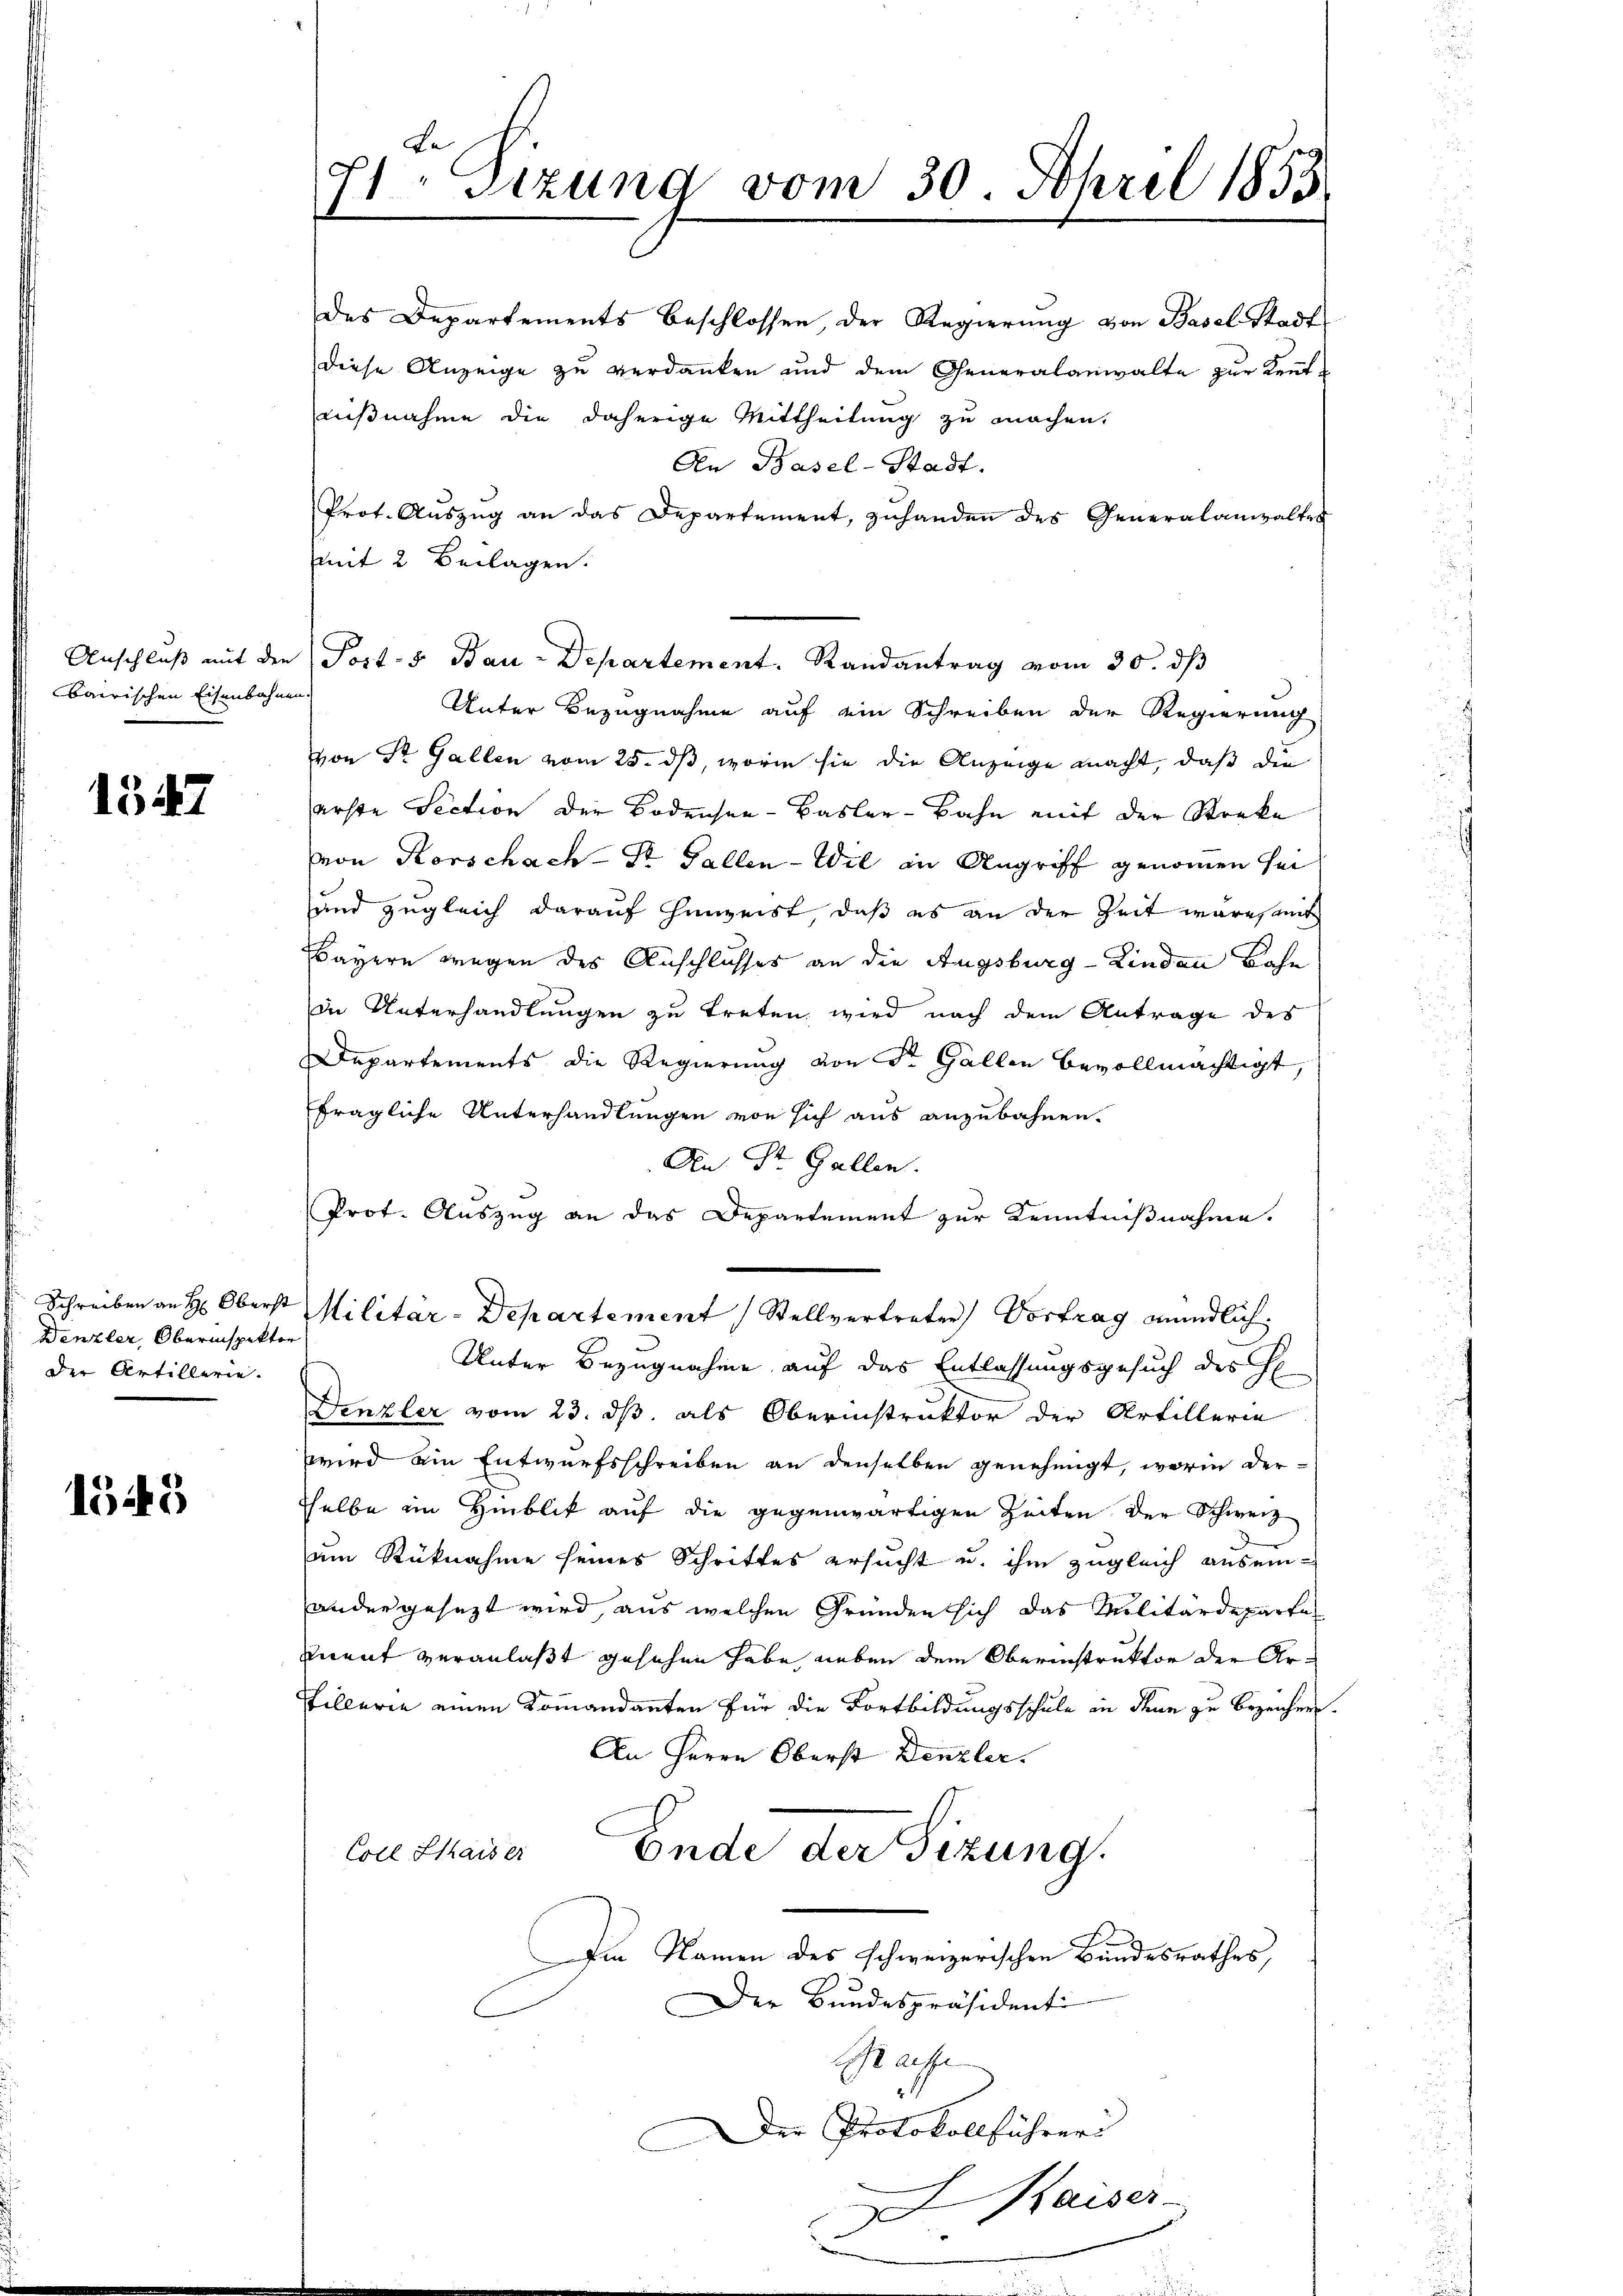
Anschluß mit den
bairischen Eisenbahne

1547

Wenzler, Oberinspektor
Der Artillerie.

1545

d
71 Sizung vom 30. April 1855
¬

des Departements beschlossen, der Regierung von Basel-Stadt
diese Anzeige zu verdanken und dem Generalanwalte zur Kenntnißnahme die daherige Mittheilung zu machen.

d

An Basel-Stadt.
Prot. Aŭszŭg an das Departement, zŭhanden des Generalanwaltes
mit 2 Beilagen.
Post- & Bau-Departement. Randantrag vom 30. ds
Unter Bezugnahme auf ein Schreiben der Regierung
von St. Gallen vom 25. ds, worin sie die Anzeige macht, daß die
erste Section der Bodensee-Basler-Bahn mit der Sterke
von Korschach - St. Gallen-Wil in Angriff genommen sei
und zugleich darauf hinweist, daß es an der Zeit wäre samt
Bayern wegen des Anschlusses an die Augsburg-Kinden Bahn
in Unterhandlungen zu treten, wird nach dem Antrage des
Departements die Regierung von Sr. Gallen bevollmächtigt,
fragliche Unterhandlungen von sich aus anzubahnen.
An St. Gallen.
Prot. Auszug an das Departement zur Kenntnißnahme.
Schreiben an H: Oberst Militär-Departement Stellvertreten Vortrag mündlich.
Unter Bezugnahme auf das Entlassungsgesuch des H
Denzler vom 23. dß, als Oberinstruktor der Artillerie
wird ein Entwurfsschreiben an denselben genehmigt, worin der-
selbe im Hinblik auf die gegenwärtigen Zeiten der Schweiz
um Rücknahme seines Schrittes ersucht u. ihm zugleich ausein-
andergesezt wird, aus welchen Gründen sich das Militärdeparte
mnent veranlaßt gesehen habe, neben dem Oberinstruktor der Ar-
Pfillerie einen Kommandanten für die Fortbildungsschule in denn zu bezeichnen
An Herrn Oberst Denzler.
Coll Kaiser
Ende der Sitzung.
Im Namen des schweizerischen Bundesrathes,
Der Bundespräsidenti
Rache
Der Protokollführer
Kaiser-
u